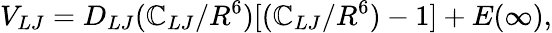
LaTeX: V_{LJ}=D_{LJ}(\mathbb{C}_{LJ}/R^{6})[(\mathbb{C}_{LJ}/R^{6})-1]+E(\infty),